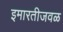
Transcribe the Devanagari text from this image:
इमारतीजवळ